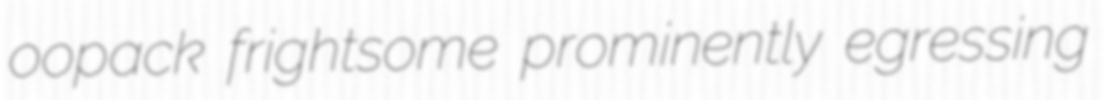
oopack frightsome prominently egressing